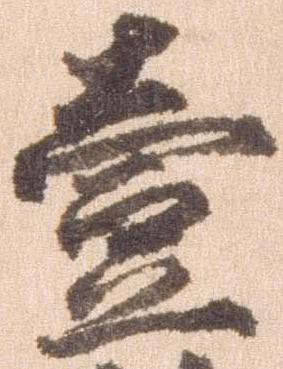
壱